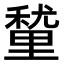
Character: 𮡚